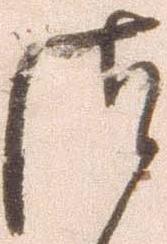
つ